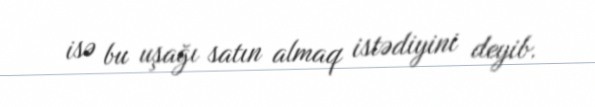
isə bu uşağı satın almaq istədiyini deyib.